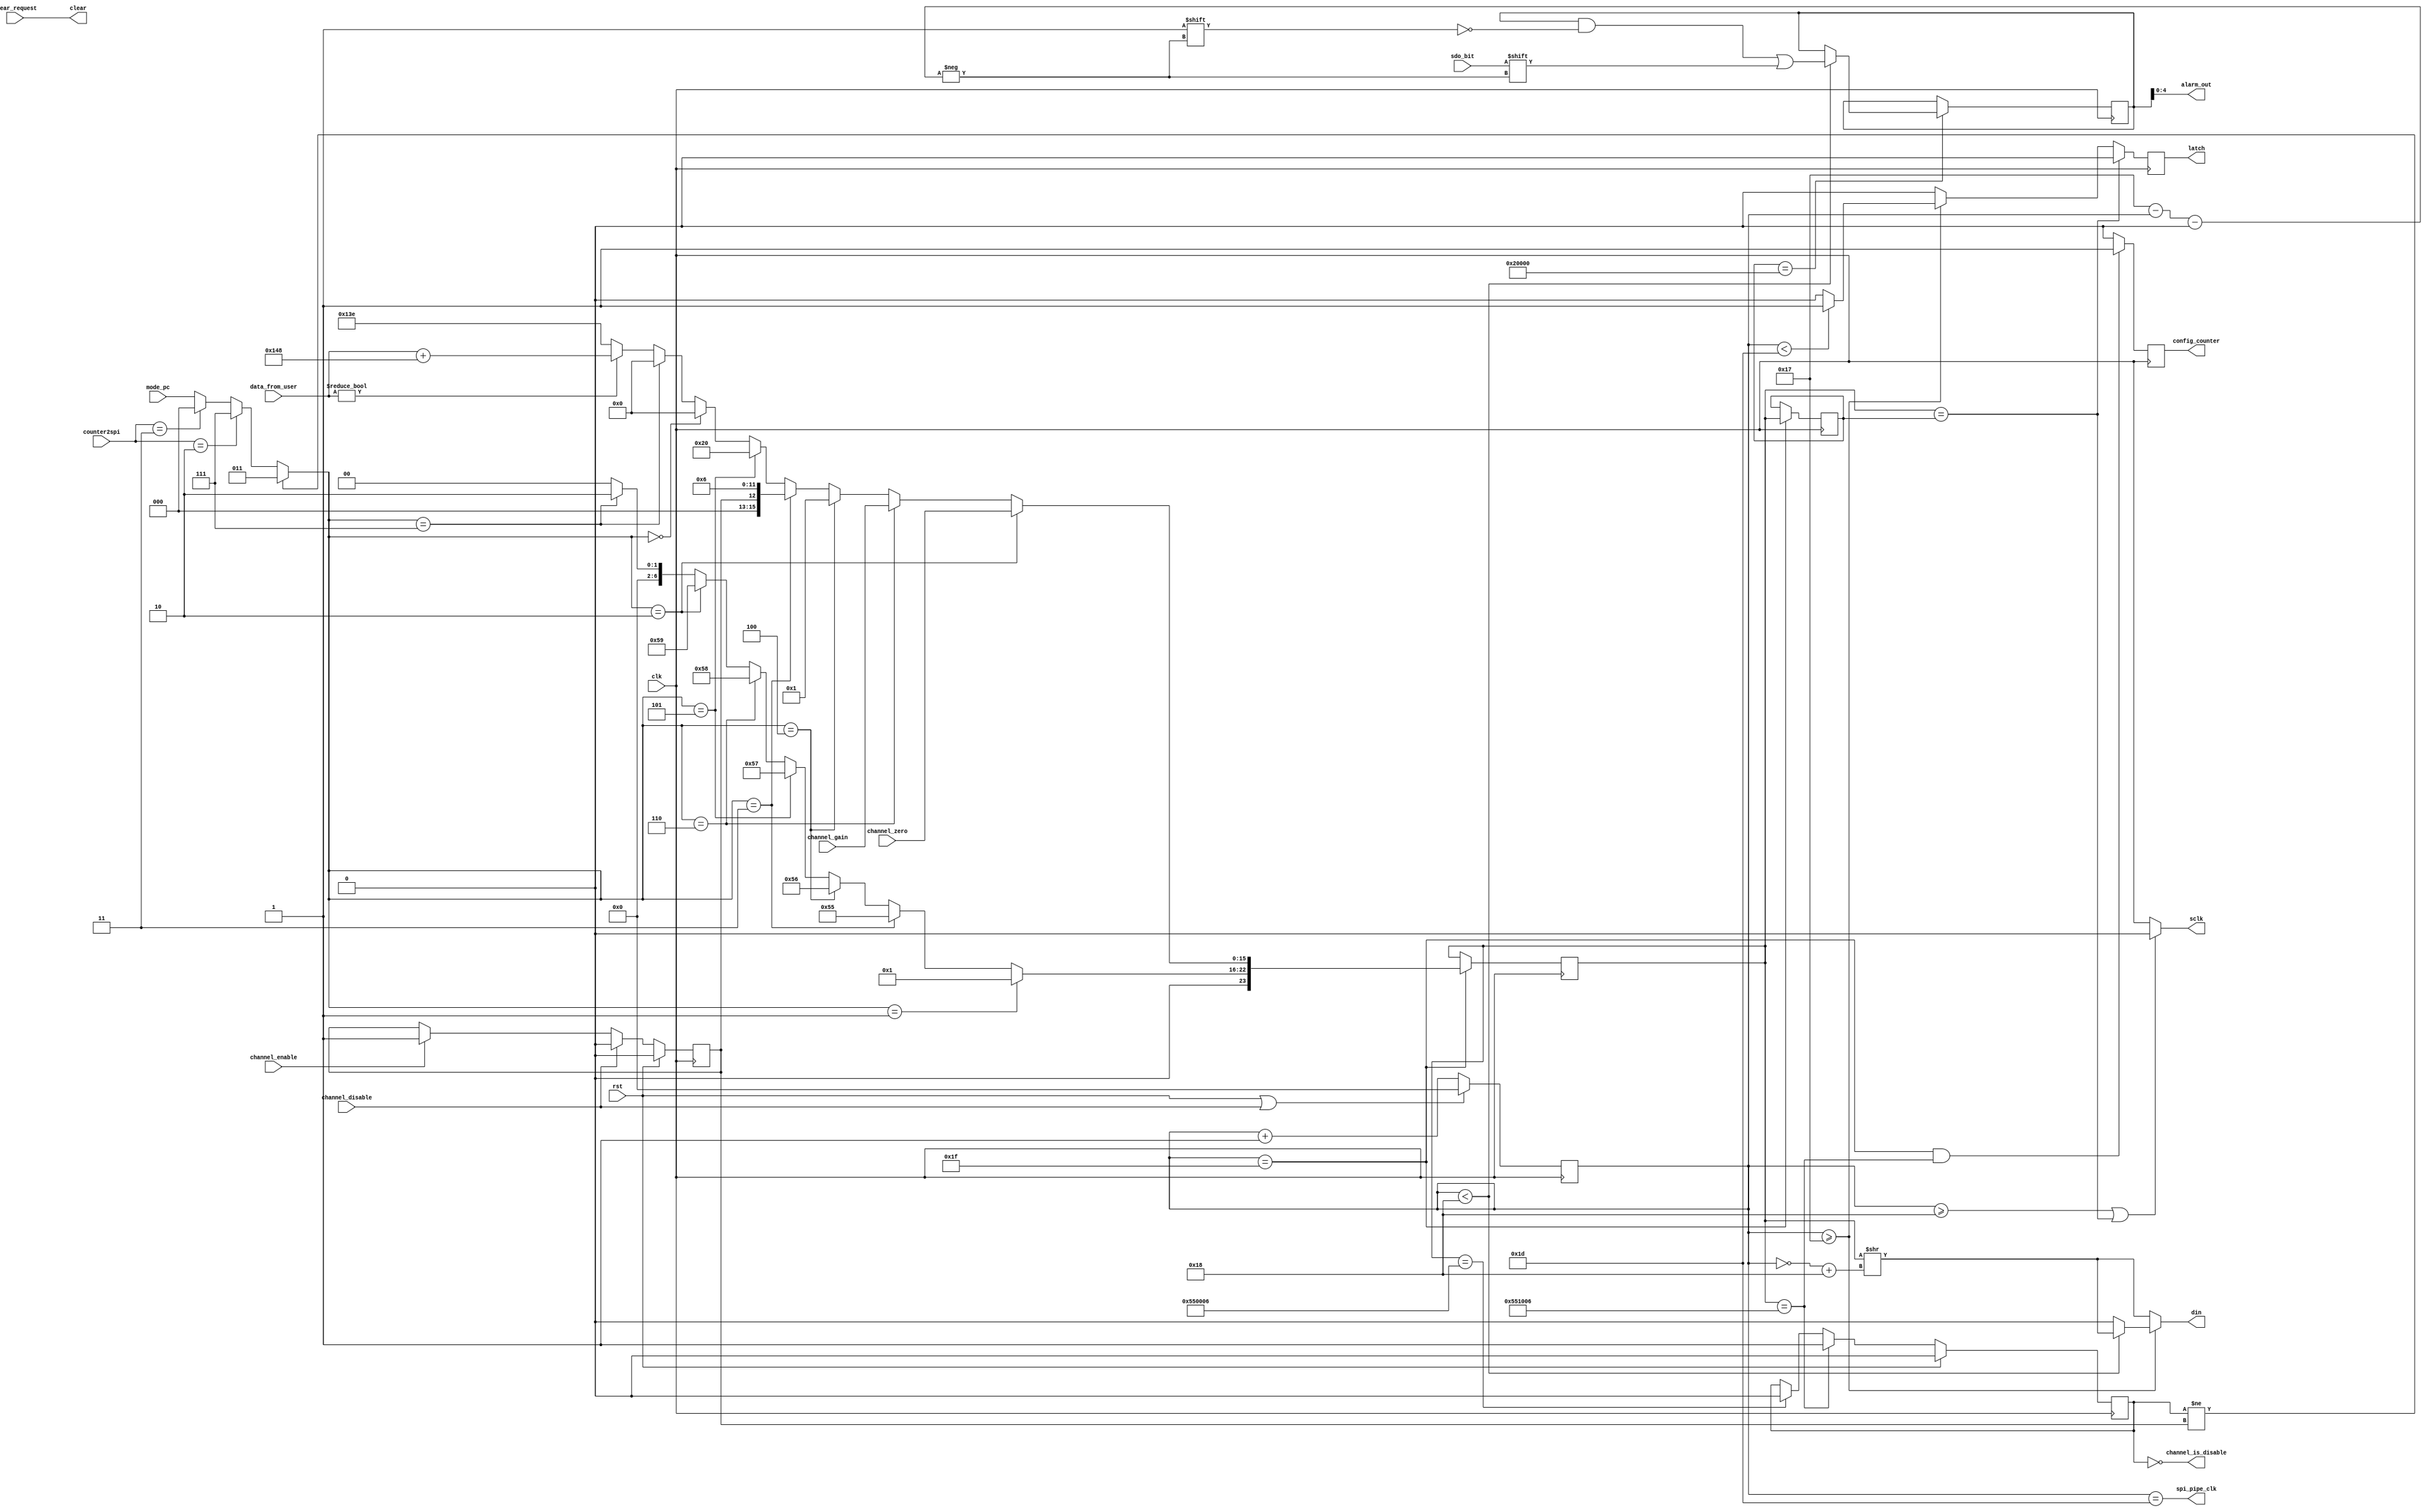
`timescale 1ns / 1ps
/////////////////////////////////////////////////
// OSC1 - LITE
// Version 1.0.0
// Yoon's Lab - U of M
/////////////////////////////////////////////////


module spi_controller(
	input  wire			clk,				// Opal Kelly ti_clk
	input  wire			rst,				// Opal Kelly reset
	input  wire [2:0]	mode_pc, 			// Opal Kelly write bit: 3'b000 for nop, 3'b001 for write, 3'b010 for read, 3'b011 for control, 3'b100 for reset, 3'b101 for config
	input  wire 		clear_request,		// OK clr DAC pin
	input  wire [15:0]	data_from_user,		// square waveform_info 
	input  wire 		sdo_bit,			// data read from DAC
	input  wire [1:0]	counter2spi,		// counter from read_input module to modulate the read/write cycle
	input  wire 		channel_disable,	// 1 if request to disable the channel
	input  wire 		channel_enable,		// 1 if request to enable the channel
	input  wire [15:0]  channel_gain,
	input  wire [15:0]  channel_zero,

	output wire			clear,				// DAC input clr
	output reg			latch,				// DAC input latch
	output wire			sclk,				// DAC input sclk
	output reg			din,				// DAC input din
	output wire			spi_pipe_clk,		// SPI clock for pipe
	output wire [4:0] 	alarm_out,			// alarm signals, refer to dac8750 Page 36 status register
	output reg			config_counter,		// reset the counter
	output wire			channel_is_disable	// 1 if the channel status is disabled
    );

wire [7:0] 	address_byte;
wire [23:0] full_command;
reg	 [23:0] full_command_one_period;
reg  [23:0] full_command_one_period_prev;
reg  [4:0] 	counter;				// 0 - 23 to clock in the command. 24 - 29 to relax latch HIGH. t5 min = 40ns on dac8750 Page 9.
wire [4:0]	shift_counter_helper;	// Shifting bit from full_command to din
wire [2:0] 	mode;
reg			output_en;
reg			output_en_proposed;
wire		next_output_en;
wire		next_output_en_proposed;
reg	 [23:0] alarm;
wire [15:0] amp_offset;

assign shift_counter_helper = ~counter + 5'd24;  // (0 -> 23, 1 -> 22, etc.)
assign next_output_en = output_en;
assign next_output_en_proposed = output_en_proposed;
assign channel_is_disable = ~output_en;
assign alarm_out = alarm[4:0];
assign clear = clear_request; 	// assign OK clr DAC pin control to clr DAC register. 
assign sclk = ((counter >= 5'd24) | (full_command_one_period == full_command_one_period_prev) )? 0 :clk;
assign amp_offset = data_from_user ? data_from_user + 328 : 318;

assign mode = (output_en != output_en_proposed) ? 3'b011  // write control, output enable / disable
			: (counter2spi == 2) ? 3'b111		// DAC read status register
			: (counter2spi == 3) ? 3'b000		// NOP
			: mode_pc;							// DAC write

assign address_byte = (mode == 3'b001) ? 8'b00000001 		// wirte (See dac8750 Page 32, 33)
					//: (mode == 3'b010) ? 8'b00000010        // read
					: (mode == 3'b011) ? 8'b01010101        // write control, output enable
					// : (mode == 3'b110) ? 8'b01010101        // write control, output disable
					: (mode == 3'b100) ? 8'b01010110        // write reset
					: (mode == 3'b101) ? 8'h57        // write config
					: (mode == 3'b110) ? 8'b01011000  // write DAC gain calibration
					: (mode == 3'b010) ? 8'b01011001  // write DAC zero calibration
					: (mode == 3'b111) ? 8'b00000010		// read status register
					: 8'b0;			
															
assign full_command = //(mode == 3'b010) ?  {address_byte, 16'b0000000000000010} // if read, set read DAC config register
					  (mode == 3'b010) ? {address_byte, channel_zero}  // DAC zero calibration
					: (mode == 3'b110) ? {address_byte, channel_gain}  // DAC gain calibration
					: (mode == 3'b100) ?  {address_byte, 16'b0000000000000001} // if reset, set RST bit to 1
					: (mode == 3'b011) ? {address_byte, 3'b000, output_en_proposed, 12'b000000000110}  // Set enable / disable output
					: (mode == 3'b101) ? {address_byte, 16'b0000000000100000} // if config, set WD bits to 0
					: (mode == 3'b000) ?  {address_byte, 16'b0000000000000000} // NOP
					: (mode == 3'b111) ?  {address_byte, 16'b0000000000000000} // read status register
					: {address_byte, amp_offset};			// if write, {address_byte -> [23:16], data_from_user -> [15:0]}

assign spi_pipe_clk = (counter == 5'd29);

always @ (posedge clk) begin
	if (full_command_one_period_prev == 24'h020000) begin
		if (counter < 5'd24) begin
			alarm[5'd23-counter] = sdo_bit;
		end
	end
end

always @ (negedge clk) begin
	if (rst) begin
		output_en_proposed <= 1'b0;
	end else if (channel_disable) begin
		output_en_proposed <= 1'b0;
	end else if (channel_enable) begin
		output_en_proposed <= 1'b1;
	end else begin
		output_en_proposed <= next_output_en_proposed;
	end
end

always @ (negedge clk) begin
	if(rst | channel_disable) begin
		counter <= 0;
	end else begin
		counter <= counter + 1;
	end
end

always @ (negedge clk) begin
	if (full_command_one_period == full_command_one_period_prev) begin
		latch <= 1'b0;
	end else begin 
		if(counter >= 5'd23) begin
			if(counter < 5'd29) begin
				latch <= 1'b1;
			end else begin
				latch <= 1'b0;
			end
		end else begin
			latch <= 1'b0;
		end
	end
end

always @ (*) begin
	if(counter >= 5'd23) begin
		if(counter < 5'd24) begin
			din = (full_command_one_period >> shift_counter_helper) & 1'b1;
		end else if(counter < 5'd29) begin
			din = 1'b0;
		end else begin
			din = 1'b0;
		end
	end else begin
		din = (full_command_one_period >> shift_counter_helper) & 1'b1;
	end
end

always @ (negedge clk) begin
	if (counter == 5'd31) begin
		full_command_one_period <= full_command;
		full_command_one_period_prev <= full_command_one_period;
	end

	if (rst) begin
		output_en <= 1'b0;
	end else if (full_command_one_period == 24'h551006) begin // enable output
		output_en <= 1'b1;
	end else if (full_command_one_period == 24'h550006) begin // disable output
		output_en <= 1'b0;
	end else begin
		output_en <= next_output_en;
	end
	
	if (counter == 5'd31 && full_command_one_period == 24'h551006) begin
		config_counter <= 1'b1;
	end else begin
		config_counter <= 1'b0;
	end
end
		
endmodule